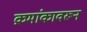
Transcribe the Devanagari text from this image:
क्रमांकावरून